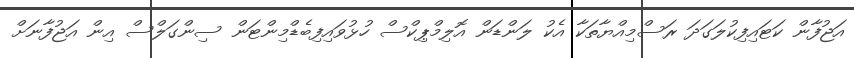
އަޖުފާން ކަޓައިފިކުލަގަދަ ރަސްމިއްޔާތަކާ އެކު ލަންޑަން އޮލިމްޕިކްސް ހުޅުވައިފިބެޑްމިންޓަން ސިންގަލްސް އިން އަޖުފާނަށް